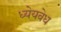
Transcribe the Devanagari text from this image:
ध्येयवेध